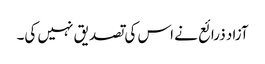
آزاد ذرائع نے اس کی تصدیق نہیں کی۔